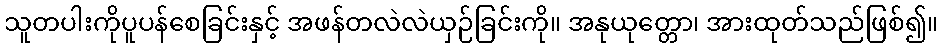
သူတပါးကိုပူပန်စေခြင်းနှင့် အဖန်တလဲလဲယှဉ်ခြင်းကို။ အနုယုတ္တော၊ အားထုတ်သည်ဖြစ်၍။